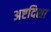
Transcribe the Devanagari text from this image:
अष्टदिशा